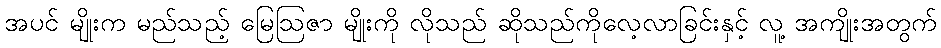
အပင် မျိုးက မည်သည့် မြေဩဇာ မျိုးကို လိုသည် ဆိုသည်ကိုလေ့လာခြင်းနှင့် လူ့ အကျိုးအတွက်